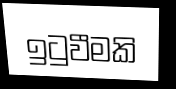
ඉටුවීමකි